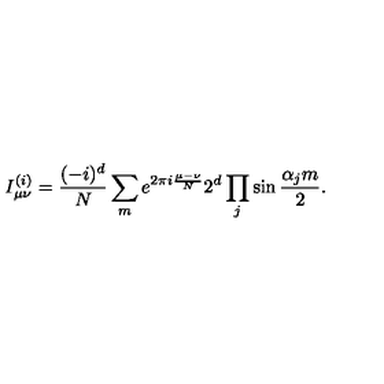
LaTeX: I _ { \mu \nu } ^ { ( i ) } = { \frac { ( - i ) ^ { d } } { N } } \sum _ { m } { e ^ { 2 \pi i { \frac { \mu - \nu } { N } } } 2 ^ { d } \prod _ { j } \sin { \frac { \alpha _ { j } m } { 2 } } } .